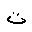
Letter: _ta